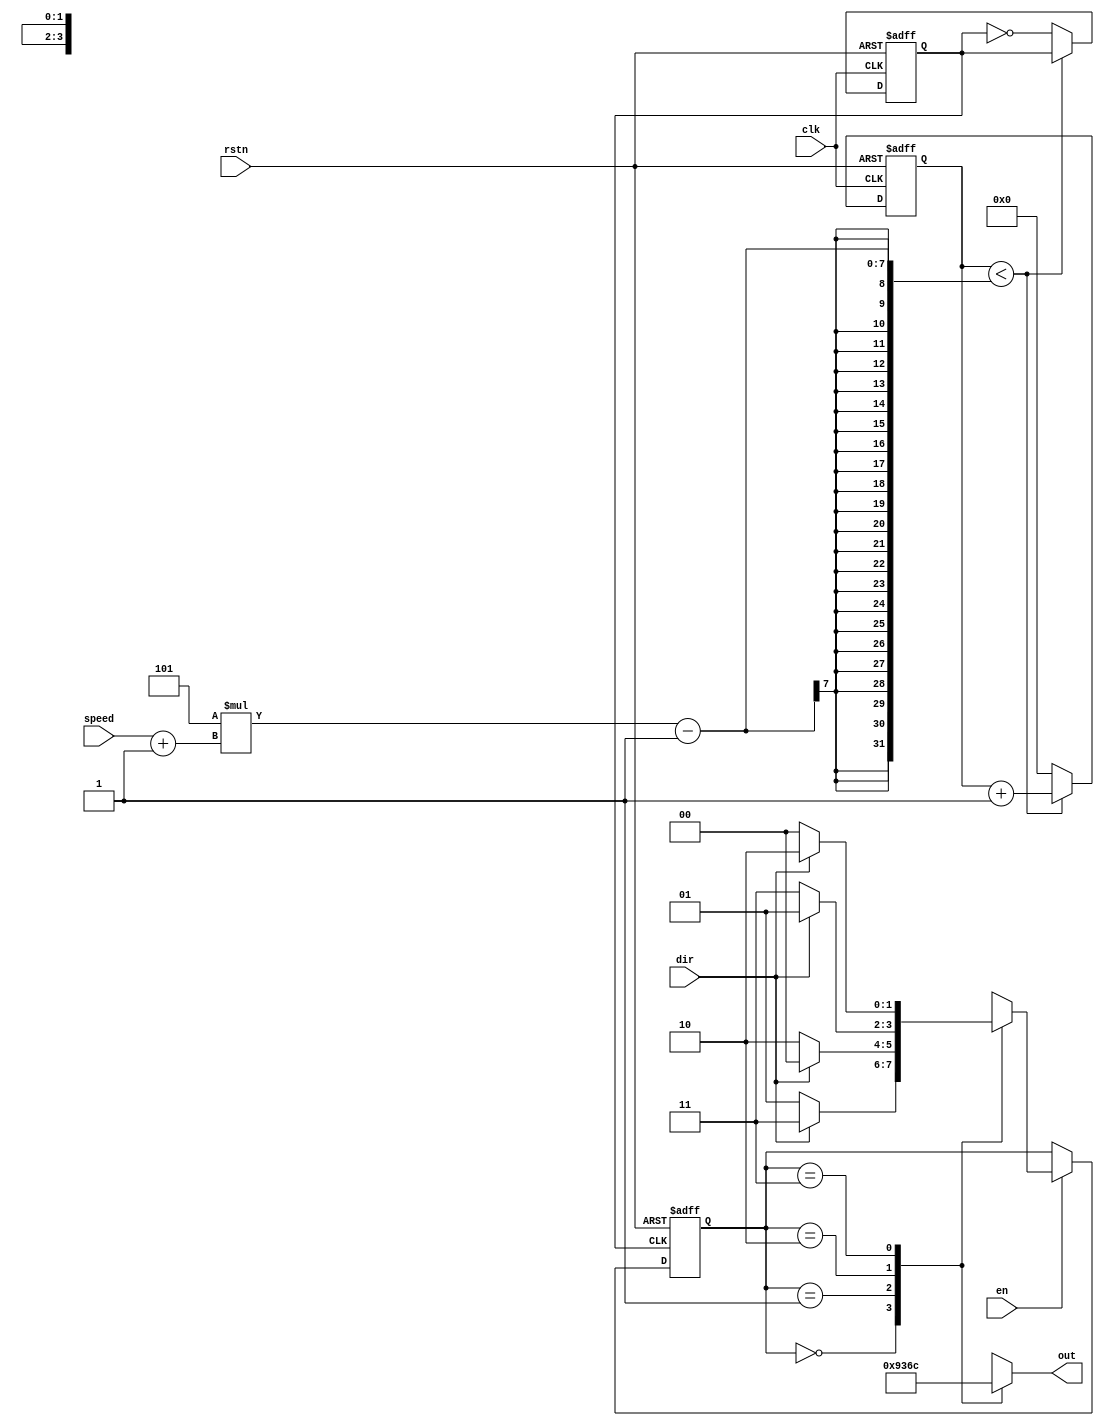
/************************************************************
 * Modulo descriptivo para control de motor PAP Unipolar    *
 * control velocidad 3-bit pasos de 10ms-20ms-30ms....80ms  *   
 * Sistemas Digitales II, Pablo Zarate (pablinza@me.com)    *
 ***********************************************************/
module drv_stepmotor(clk, rstn, en, dir, speed, out);
input clk, rstn; //Entrada de reloj 1ms
input en; //Habilitador 
input dir; //Direccion adelante=1, atras=0
input [2:0] speed;//Control de velocidad 3 bits
output [3:0] out; //Salida del motor L1L2L3L4
reg [3:0] motor; //L1L2L3L4 Motor de prueba(28BYJ-48)
assign out = motor;
reg [5:0] cnt; //Contador 6-bits 0-63
reg[1:0] state, nextstate; //Registros de estado
reg clk1;

always @(posedge clk, negedge rstn)
  if(rstn == 0)
    begin 
    cnt <= 6'd0;
    clk1 <= 1'b0;
    end
  else
    if(cnt < (5*(speed+1)-1)) cnt <= cnt + 1'b1; 
    else
      begin
      cnt <= 6'd0;
      clk1 <= ~clk1; //Senal de reloj para el motor
      end
 
always @(posedge clk1, negedge rstn)
if(rstn == 0) state <= 2'd0;
else 
  if(en==1'b1) state <= nextstate;
  else state <= state;

always @(state)
  case(state)
  2'd0:begin
    motor <= 4'b1001;
    if(dir) nextstate <= 2'd3;
    else nextstate <= 2'd1;
    end
  2'd1:begin
    motor <= 4'b0011;
    if(dir) nextstate <= 2'd0;
    else nextstate <= 2'd2;
    end
  2'd2:begin
    motor <= 4'b0110;
    if(dir) nextstate <= 2'd1;
    else nextstate <= 2'd3;
    end
  2'd3:begin
    motor <= 4'b1100;
    if(dir) nextstate <= 2;
    else nextstate <= 2'd0;
    end
  endcase
endmodule